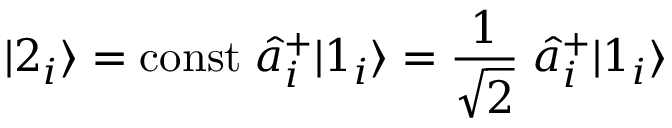
| 2 _ { i } \rangle = \mathrm { c o n s t } \; \hat { a } _ { i } ^ { + } | 1 _ { i } \rangle = \frac { 1 } { \sqrt { 2 } } \; \hat { a } _ { i } ^ { + } | 1 _ { i } \rangle